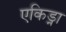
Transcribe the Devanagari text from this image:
एकिड्ना